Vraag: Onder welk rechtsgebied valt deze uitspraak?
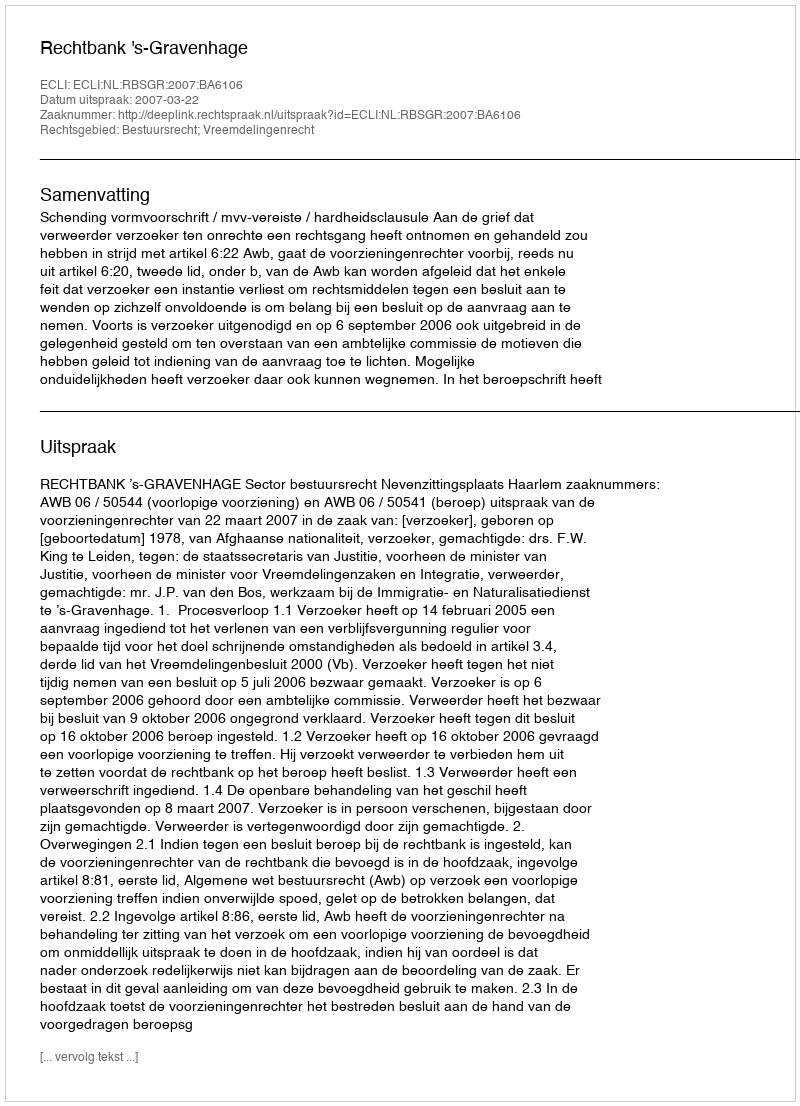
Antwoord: Bestuursrecht; Vreemdelingenrecht